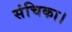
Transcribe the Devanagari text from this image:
संचिका।